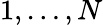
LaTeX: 1,\ldots,N